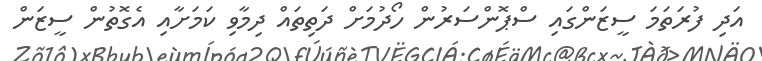
އަދި ފުރަތަމަ ސީޒަންގައި ސްޕޮންސަރުން ހޯދުމަށް ދަތިތައް ދިމާވި ކަމަށާއި އެގޮތުން ސީޒަން